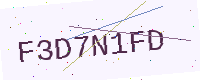
Text: F3D7N1FD